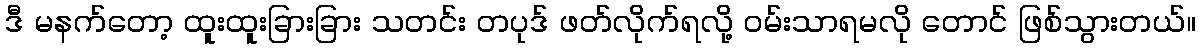
ဒီ မနက်တော့ ထူးထူးခြားခြား သတင်း တပုဒ် ဖတ်လိုက်ရလို့ ဝမ်းသာရမလို တောင် ဖြစ်သွားတယ်။